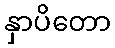
နှာပိတော